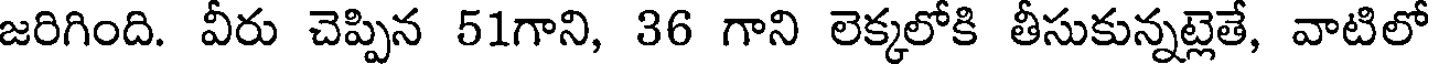
జరిగింది. వీరు చెప్పిన 51గాని, 36 గాని లెక్కలోకి తీసుకున్నట్లెతే, వాటిలో